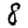
Digit: 8